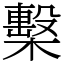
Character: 檕